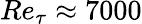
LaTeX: Re_{\tau}\approx 7000